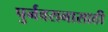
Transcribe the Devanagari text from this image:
पुर्नवसनासाठी